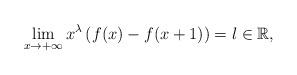
LaTeX: \begin{align*} \lim_{x\rightarrow+\infty}x^\lambda\left(f(x)-f(x+1)\right)=l\in \mathbb{R},\end{align*}